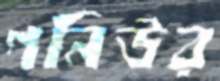
গনিউর